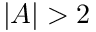
| { \cal A } | > 2